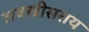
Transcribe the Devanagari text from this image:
लक्खीसराय